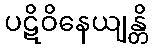
ပဋိဝိနေယျန္တိ